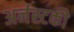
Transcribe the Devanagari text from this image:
अर्नस्टकी